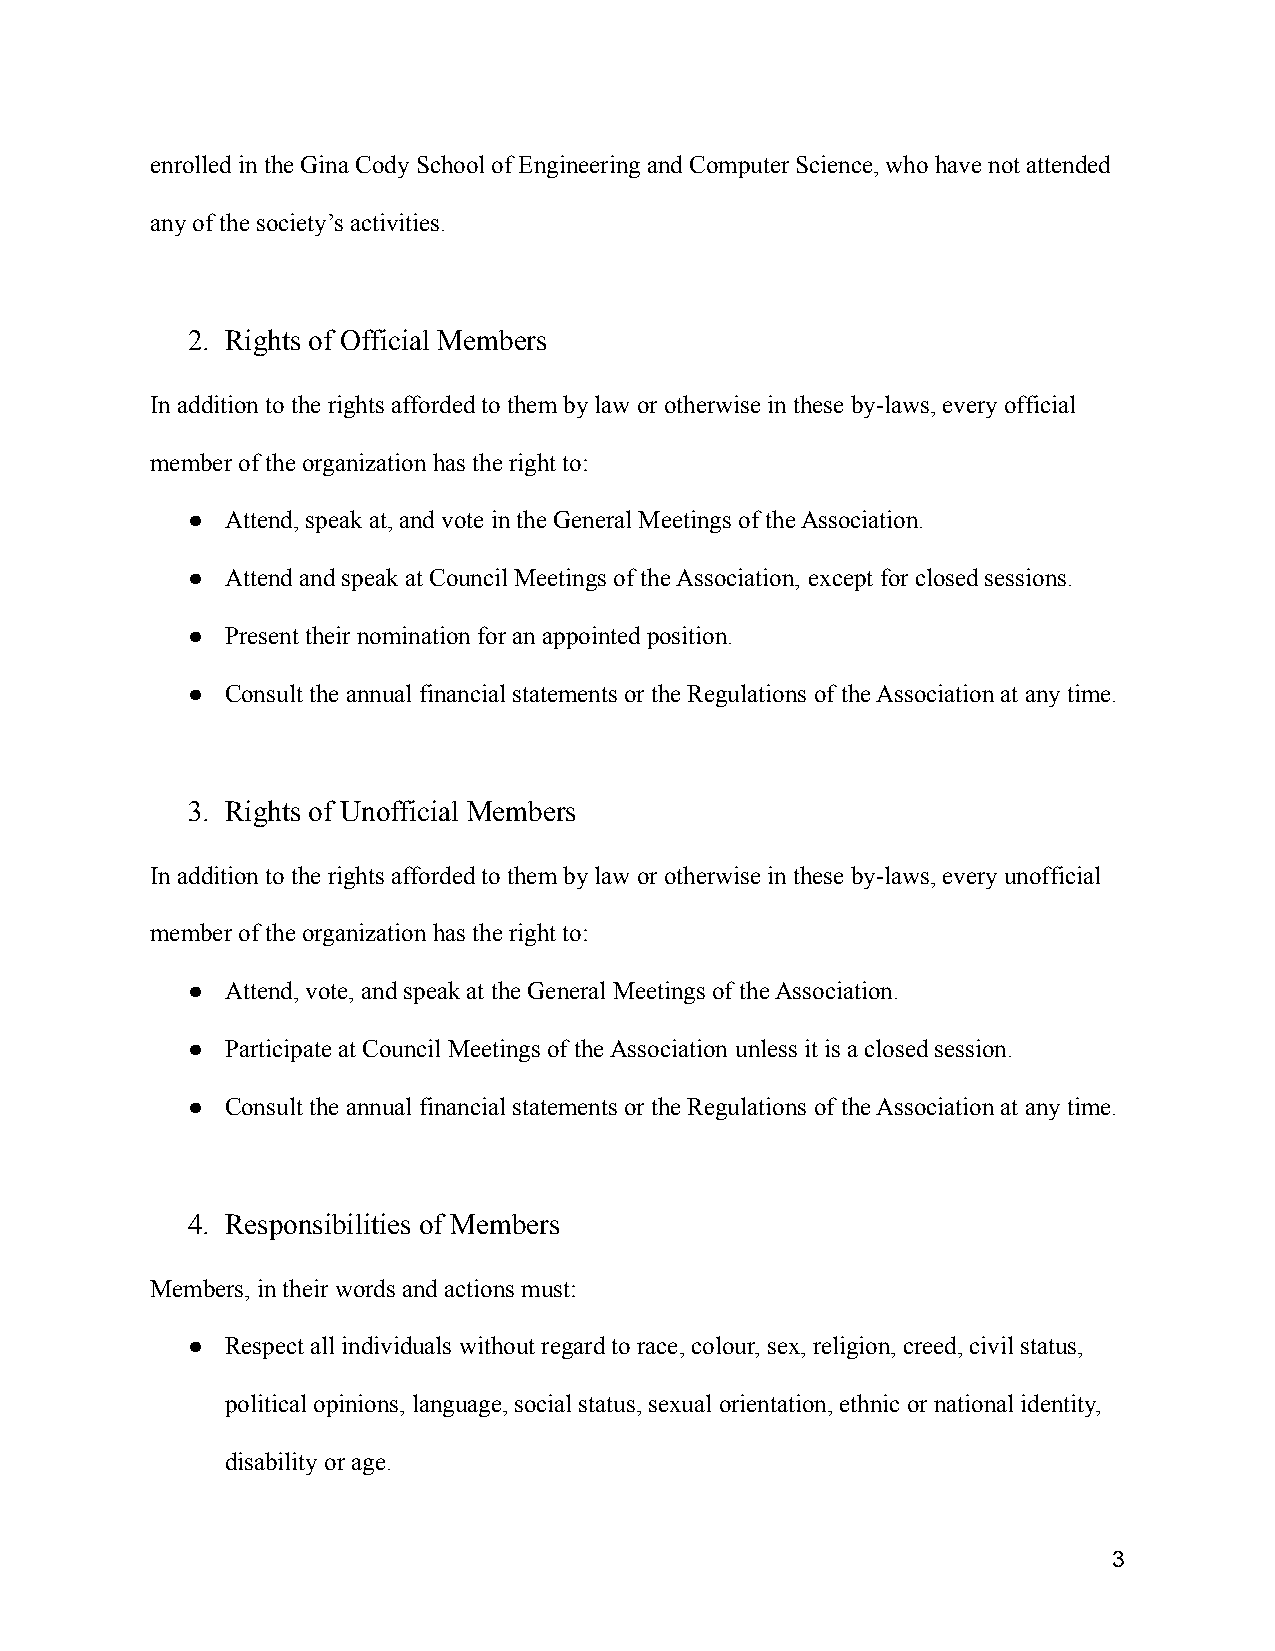
enrolled in the Gina Cody School of Engineering and Computer Science, who have not attended
 any of the society’s activities.
 2. Rights of Official Members
 In addition to the rights afforded to them by law or otherwise in these by-laws, every official
 member of the organization has the right to:
 ●  Attend, speak at, and vote in the General Meetingsof the Association.
 ●  Attend and speak at Council Meetings of the Association, except for closed sessions.
 ●  Present their nomination for an appointed position.
 ●  Consult the annual financial statements or the Regulations of the Association at any time.
 3. Rights of Unofficial Members
 In addition to the rights afforded to them by law or otherwise in these by-laws, every unofficial
 member of the organization has the right to:
 ●  Attend, vote, and speak at the General Meetings ofthe Association.
 ●  Participate at Council Meetings of the Association unless it is a closed session.
 ●  Consult the annual financial statements or the Regulations of the Association at any time.
 4. Responsibilities of Members
 Members, in their words and actions must:
 ●  Respect all individuals without regard to race, colour,sex, religion, creed, civil status,
 political opinions, language, social status, sexualorientation, ethnic or national identity,
 disability or age.
 3